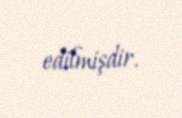
edilmişdir.